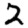
Digit: 2